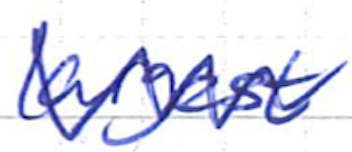
Text: largest
Cross-out: zig-zag
Writing tool: ballpoint